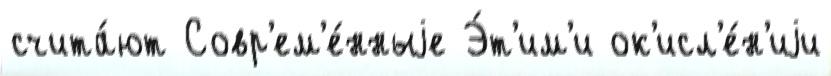
счита́ют Совр'ем'е́нныjе Э́т'им'и ок'исл'е́н'иjи